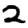
Digit: 2